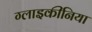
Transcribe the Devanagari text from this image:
ग्लाइकीनिया